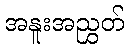
အနူးအညွှတ်